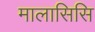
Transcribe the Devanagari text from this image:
मालासिसि